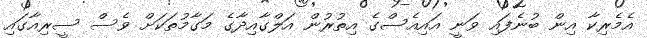
އެމެރިކާ އިން ބުނެފައި ވަނީ އައިއެސްގެ އިތުރުން އަލްގާއިދާގެ މަގާމުތަކަށް ވެސް ސީރިއާގައި